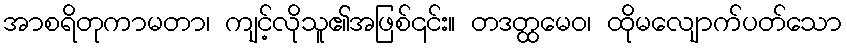
အာစရိတုကာမတာ၊ ကျင့်လိုသူ၏အဖြစ်၎င်း။ တဒတ္ထမေဝ၊ ထိုမလျောက်ပတ်သော